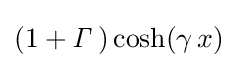
(1+{\mathit {\Gamma }}\,)\cosh(\gamma \,x)